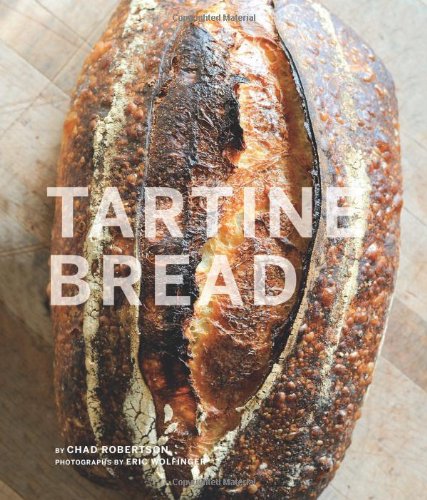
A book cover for Tartine Bread; Chad Robertson; Cookbooks, Food & Wine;